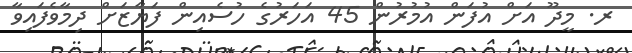
ރ. މީދޫ އަށް އުފަން އުމުރުން 45 އަހަރުގެ ހުސެއިިން ފަޔާޒަށް ދިމާވެފައިވާ